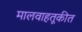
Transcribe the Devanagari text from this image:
मालवाहतूकीत